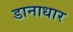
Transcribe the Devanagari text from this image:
डानाधार